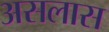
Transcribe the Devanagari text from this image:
असलास